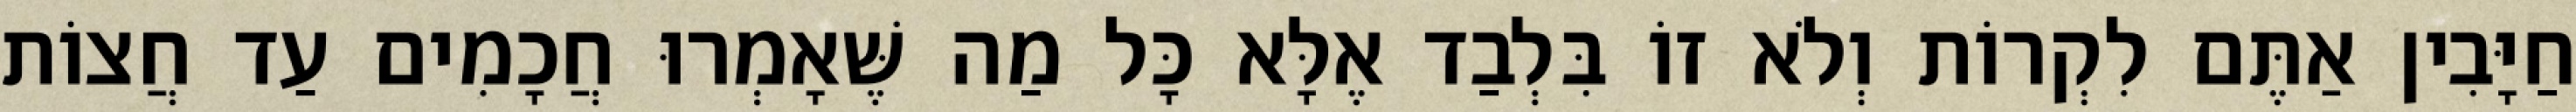
חַיָּבִין אַתֶּם לִקְרוֹת וְלֹא זוֹ בִּלְבַד אֶלָּא כָּל מַה שֶּׁאָמְרוּ חֲכָמִים עַד חֲצוֹת